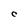
Character: C